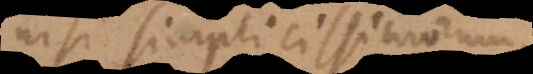
nisi simplicissimorum,